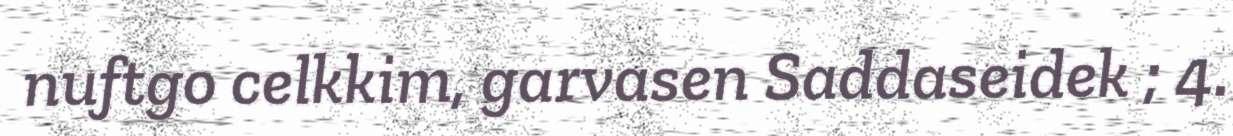
nuftgo celkkim, garvasen Saddaseidek ; 4.